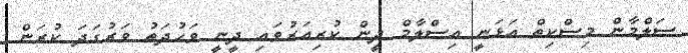
ސަލްމާން މިސްކިތް އަޅަނީ އިސްލާމް ދީން ކުރިއަރުވައި ދީނީ ވަހުދަތު ވަރުގަދަ ކުރަން